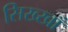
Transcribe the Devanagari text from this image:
सिख्खाँ